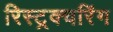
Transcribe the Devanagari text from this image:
रिस्ट्रक्चरिंग